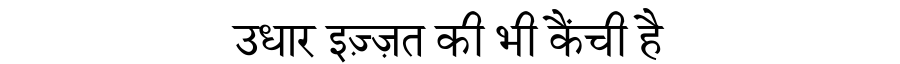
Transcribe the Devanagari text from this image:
उधार इज़्ज़त की भी कैंची है